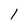
Character: 1